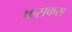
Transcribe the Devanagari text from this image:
कसकस